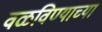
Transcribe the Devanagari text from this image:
वळविण्याच्या